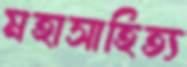
মহাসাহিত্য